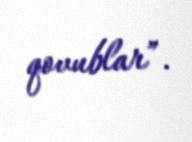
qovublar”.